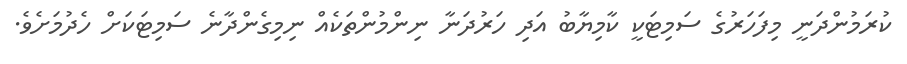
ކުރަމުންދަނީ މިފަހަރުގެ ސަމިޓަކީ ކާމިޔާބު އަދި ހަރުދަނާ ނިންމުންތަކެއް ނިމިގެންދާނެ ސަމިޓަކަށް ހެދުމަށެވެ.